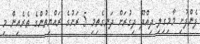
ފެންފުށި މާމިގިލި ދިއްދޫ ދިގުރަށް ދަނގެތިމި 5 ރަށުގެ ރައްޔިތުންގެ ތެރެއިން މި